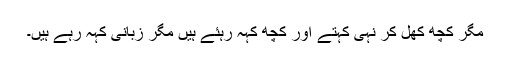
مگر کچھ کھل کر نہی کہتے اور کچھ کہہ رہئے ہیں مگر زبانی کہہ رہے ہیں۔